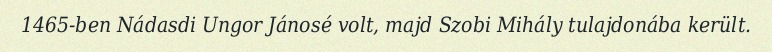
1465-ben Nádasdi Ungor Jánosé volt, majd Szobi Mihály tulajdonába került.